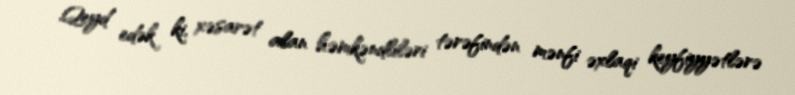
Qeyd edək ki, xəsarət alan həmkəndliləri tərəfindən mənfi əxlaqi keyfiyyətlərə